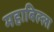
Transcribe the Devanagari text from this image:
महाबिल्ला